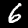
Digit: 6